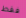
فقط